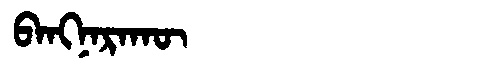
Manchu: ᠪᠠᠩᠨᠠᡵᠠᡴᡡ
Romanization: BANGNARAKŪ